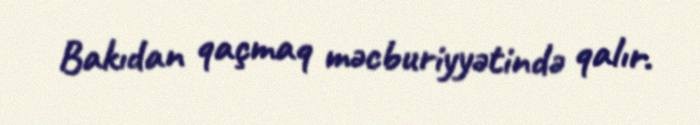
Bakıdan qaçmaq məcburiyyətində qalır.